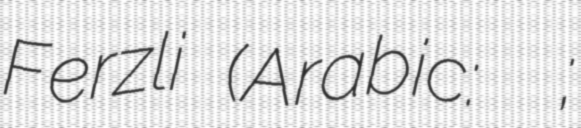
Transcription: Ferzli (Arabic: إيلي الفرزلي;